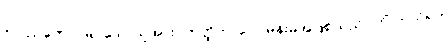
ဝိပဿတော၊ မြင်သောသူအား။ ဣတ္ထိဘာဝေါ၊ မိန်းမအဖြစ်သည်။ ကိံ ကယိရာ၊